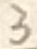
Text: 3